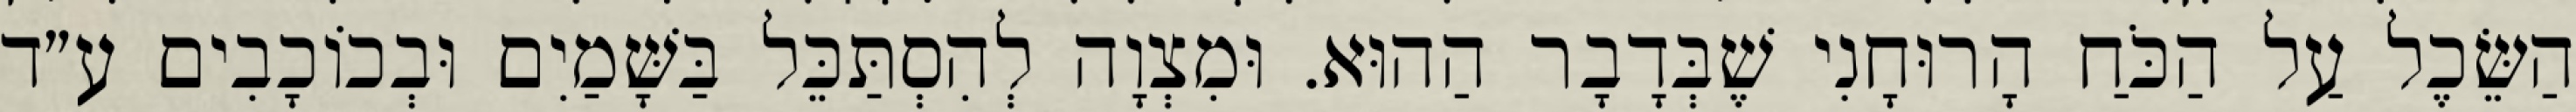
הַשֵּׂכֶל עַל הַכֹּחַ הָרוּחָנִי שֶׁבְּדָבָר הַהוּא. וּמִצְוָה לְהִסְתַּכֵּל בַּשָּׁמַיִם וּבְכוֹכָבִים ע״ד